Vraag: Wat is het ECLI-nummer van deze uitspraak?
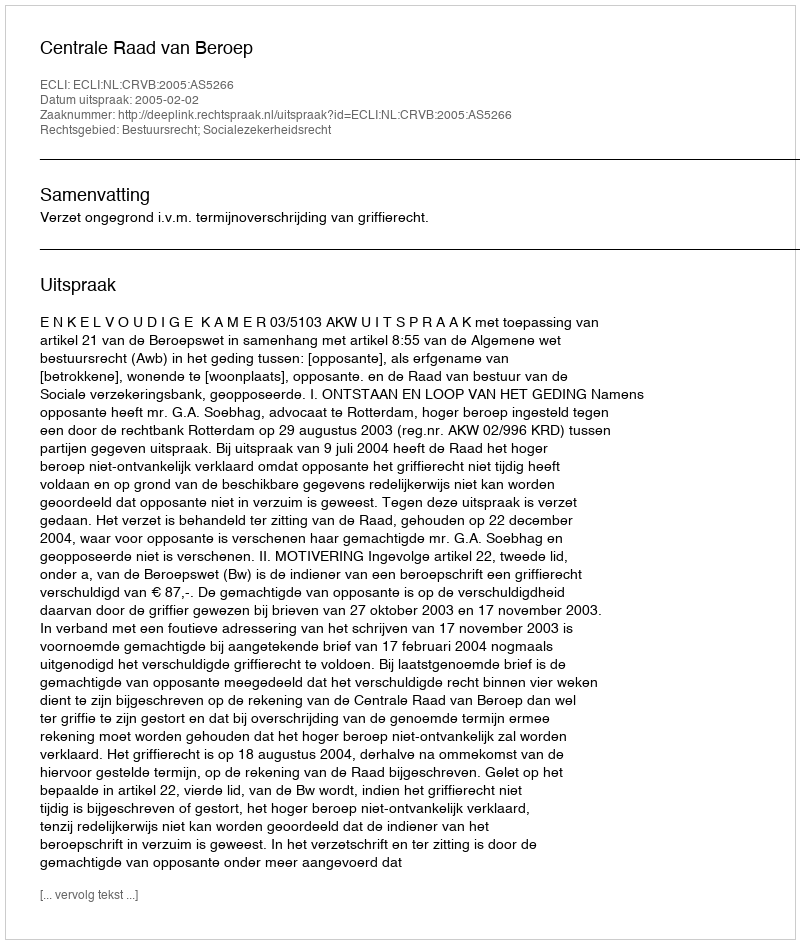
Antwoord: ECLI:NL:CRVB:2005:AS5266